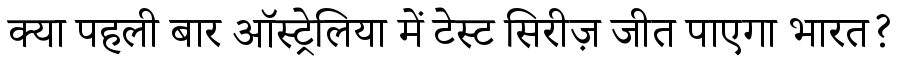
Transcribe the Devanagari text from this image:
क्या पहली बार ऑस्ट्रेलिया में टेस्ट सिरीज़ जीत पाएगा भारत?